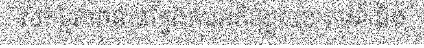
សកម្មភាពនានាក្នុងការអភិវឌ្ឍសហគមន៍ និង